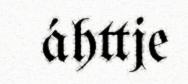
áhttje